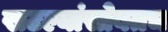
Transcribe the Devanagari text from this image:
खटल्यांसोबतच